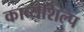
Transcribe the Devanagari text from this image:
काव्यशिल्प